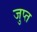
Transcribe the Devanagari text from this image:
जुप्त